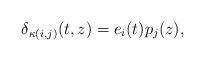
LaTeX: \begin{align*} \delta_{\kappa(i,j)}(t,z)=e_i(t)p_j(z),\end{align*}